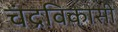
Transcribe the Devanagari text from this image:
चंद्रविकासी